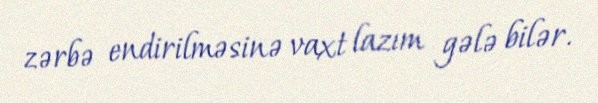
zərbə endirilməsinə vaxt lazım gələ bilər.